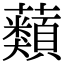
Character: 蘱